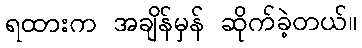
ရထားက အချိန်မှန် ဆိုက်ခဲ့တယ်။